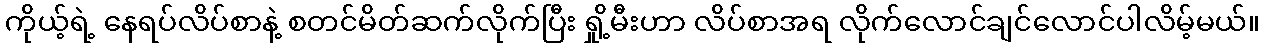
ကိုယ့်ရဲ့ နေရပ်လိပ်စာနဲ့ စတင်မိတ်ဆက်လိုက်ပြီး ရှို့မီးဟာ လိပ်စာအရ လိုက်လောင်ချင်လောင်ပါလိမ့်မယ်။